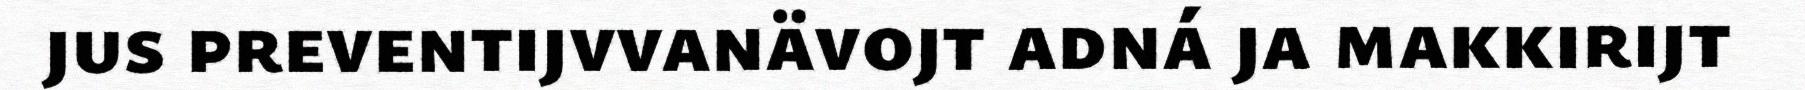
jus preventijvvanävojt adná ja makkirijt